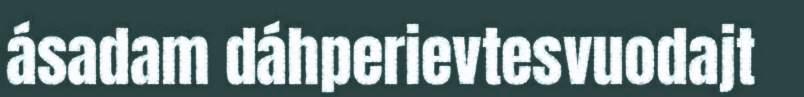
ásadam dáhperievtesvuodajt